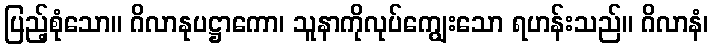
ပြည့်စုံသော။ ဂိလာနုပဋ္ဌာကော၊ သူနာကိုလုပ်ကျွေးသော ရဟန်းသည်။ ဂိလာနံ၊